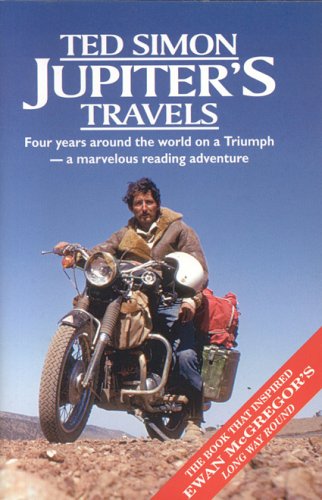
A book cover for Jupiters Travels: Four Years Around the World on a Triumph; Ted Simon; Sports & Outdoors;